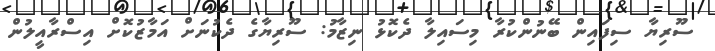
ސޫރިޔާ ސިފައިން ބޭނުންކުރާ މިސައިލާ ދެކޮޅު ނިޒާމު: ސޫރިޔާގެ ދެކުނަށް އަމާޒުކޮށް އިސްރާއީލުން